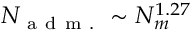
N _ { \mathrm { ~ a ~ d ~ m ~ . ~ } } \sim N _ { m } ^ { 1 . 2 7 }